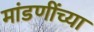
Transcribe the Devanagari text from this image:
मांडणींच्या